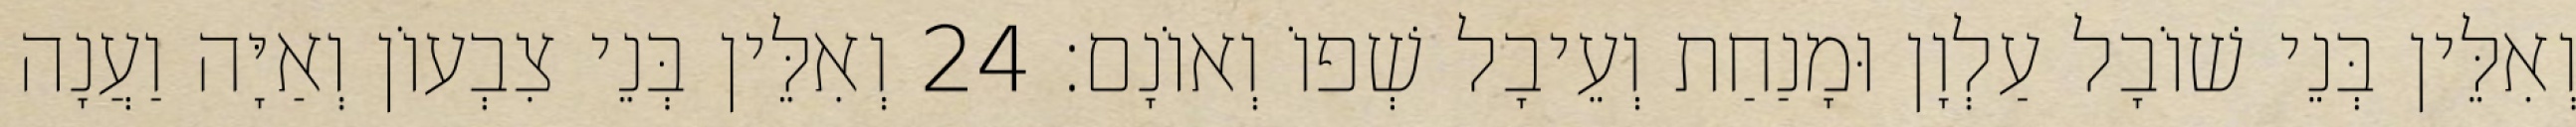
וְאִלֵּין בְּנֵי שׁוֹבָל עַלְוָן וּמָנַחַת וְעֵיבָל שְׁפוֹ וְאוֹנָם׃ 24 וְאִלֵּין בְּנֵי צִבְעוֹן וְאַיָּה וַעֲנָה